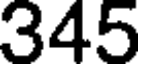
345